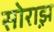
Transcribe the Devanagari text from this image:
सोराझ़